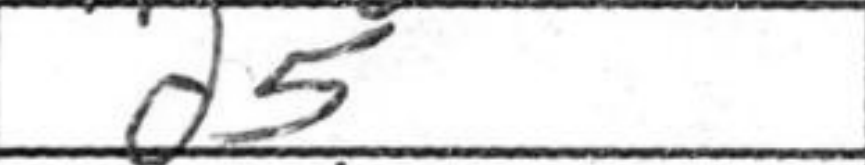
Transcription: d5